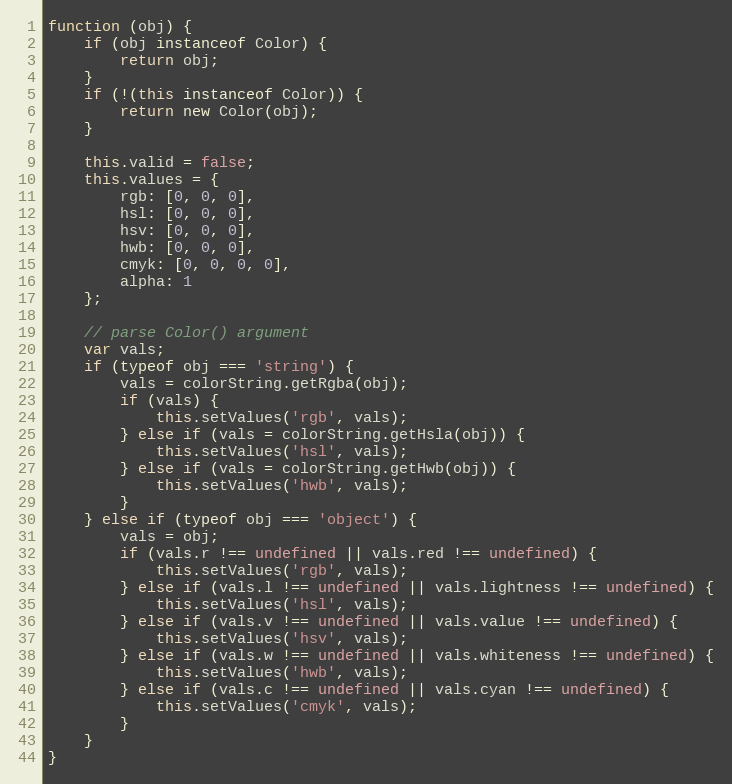
Language: JavaScript
function (obj) {
	if (obj instanceof Color) {
		return obj;
	}
	if (!(this instanceof Color)) {
		return new Color(obj);
	}

	this.valid = false;
	this.values = {
		rgb: [0, 0, 0],
		hsl: [0, 0, 0],
		hsv: [0, 0, 0],
		hwb: [0, 0, 0],
		cmyk: [0, 0, 0, 0],
		alpha: 1
	};

	// parse Color() argument
	var vals;
	if (typeof obj === 'string') {
		vals = colorString.getRgba(obj);
		if (vals) {
			this.setValues('rgb', vals);
		} else if (vals = colorString.getHsla(obj)) {
			this.setValues('hsl', vals);
		} else if (vals = colorString.getHwb(obj)) {
			this.setValues('hwb', vals);
		}
	} else if (typeof obj === 'object') {
		vals = obj;
		if (vals.r !== undefined || vals.red !== undefined) {
			this.setValues('rgb', vals);
		} else if (vals.l !== undefined || vals.lightness !== undefined) {
			this.setValues('hsl', vals);
		} else if (vals.v !== undefined || vals.value !== undefined) {
			this.setValues('hsv', vals);
		} else if (vals.w !== undefined || vals.whiteness !== undefined) {
			this.setValues('hwb', vals);
		} else if (vals.c !== undefined || vals.cyan !== undefined) {
			this.setValues('cmyk', vals);
		}
	}
}